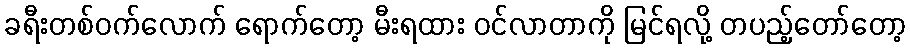
ခရီးတစ်ဝက်လောက် ရောက်တော့ မီးရထား ဝင်လာတာကို မြင်ရလို့ တပည့်တော်တော့